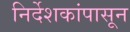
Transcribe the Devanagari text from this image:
निर्देशकांपासून